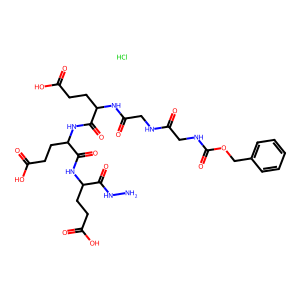
SMILES: Cl.NNC(=O)C(CCC(=O)O)NC(=O)C(CCC(=O)O)NC(=O)C(CCC(=O)O)NC(=O)CNC(=O)CNC(=O)OCc1ccccc1
Inhibits HIV replication: No